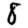
Digit: 8